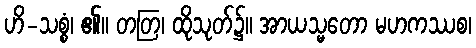
ဟိ-သစ္စံ၊ ၏။ တတြ၊ ထိုသုတ်၌။ အာယသ္မတော မဟကဿစ၊